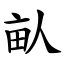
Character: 畒